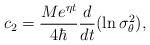
LaTeX: \begin{align*}c_2=\frac{Me^{\eta t}}{4\hbar }\frac d{dt}(\ln \sigma _\theta ^2),\end{align*}